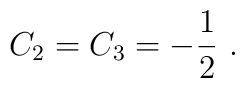
C_2=C_3=-\frac{1}{2}\ .